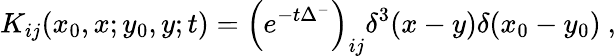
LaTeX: K_{ij}(x_{0},x;y_{0},y;t)=\left(e^{-t\Delta^{-}}\right)_{ij}\delta^{3}(x-y)\delta(x_{0}-y_{0})\ ,